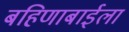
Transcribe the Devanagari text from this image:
बहिणाबाईला